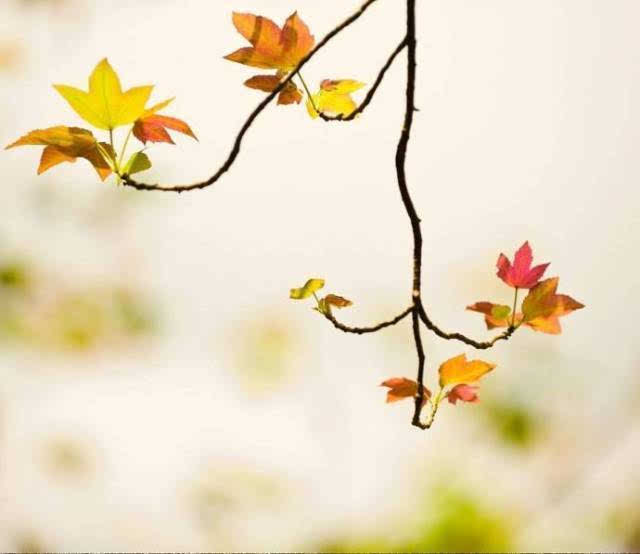
只有一枝梧叶，不知多少秋声。